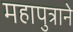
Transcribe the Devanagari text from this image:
महापुत्राने